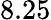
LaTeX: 8.25